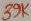
Text: 39K